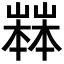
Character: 𡽒